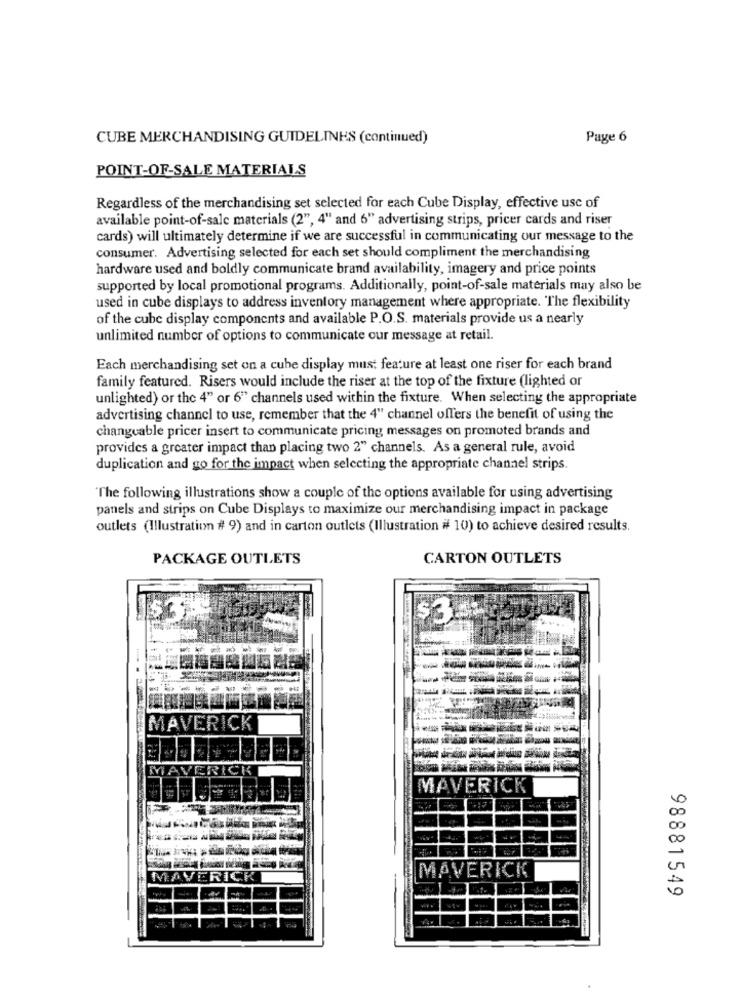
CUBE MERCHANDISING GUIDELINES (continued)
Page 6
POINT-OF-SALE MATERIALS
Regardless of the merchandising set selected for each Cube Display, effective usc of
available point-of-sale materials (2", 4" and 6" advertising strips, pricer cards and riser
cards) will ultimately determine if we are successful in communicating our message to the
consumer. Advertising selected for each set should compliment the merchandising
hardware used and boldly communicate brand availability, imagery and price points
supported by local promotional programs. Additionally, point-of-sale materials may also be
used in cube displays to address inventory management where appropriate. The flexibility
of the cube display components and available P.O.S. materials provide us a nearly
unlimited number of options to communicate our message at retail.
Each merchandising set on a cube display must feature at least one riser for each brand
family featured. Risers would include the riser at the top of the fixture (lighted or
unlighted) or the 4" or 6" channels used within the fixture. When selecting the appropriate
advertising channel to use, remember that the 4" channel offers the benefit of using the
changeable pricer insert to communicate pricing messages on promoted brands and
provides a greater impact than placing two 2" channels. As a general rule, avoid
duplication and go for the impact when selecting the appropriate channel strips.
"The following illustrations show a couple of the options available for using advertising
panels and strips on Cube Displays to maximize our merchandising impact in package
outlets (Illustration # 9) and in carton outlets (Illustration # 10) to achieve desired results.
PACKAGE OUTLETS
CARTON OUTLETS
RICK
MAVERICK
MAVERICK
98881549